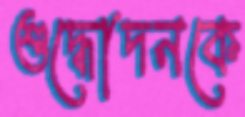
শুদ্ধোদনকে